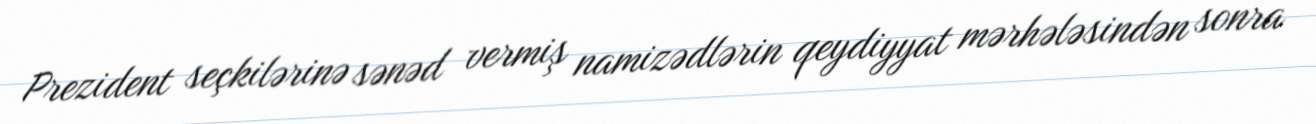
Prezident seçkilərinə sənəd vermiş namizədlərin qeydiyyat mərhələsindən sonra